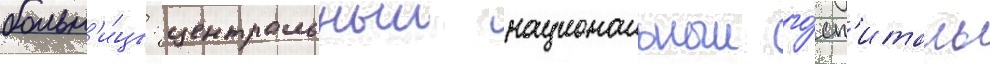
больн'и́цы: центральныи национальныи го́сп'италь